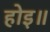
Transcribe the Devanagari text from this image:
होइ॥